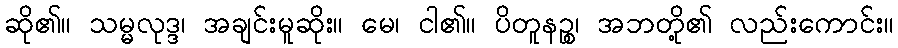
ဆို၏။ သမ္မလုဒ္ဒ၊ အချင်းမူဆိုး။ မေ၊ ငါ၏။ ပိတူနဉ္စ၊ အဘတို့၏ လည်းကောင်း။